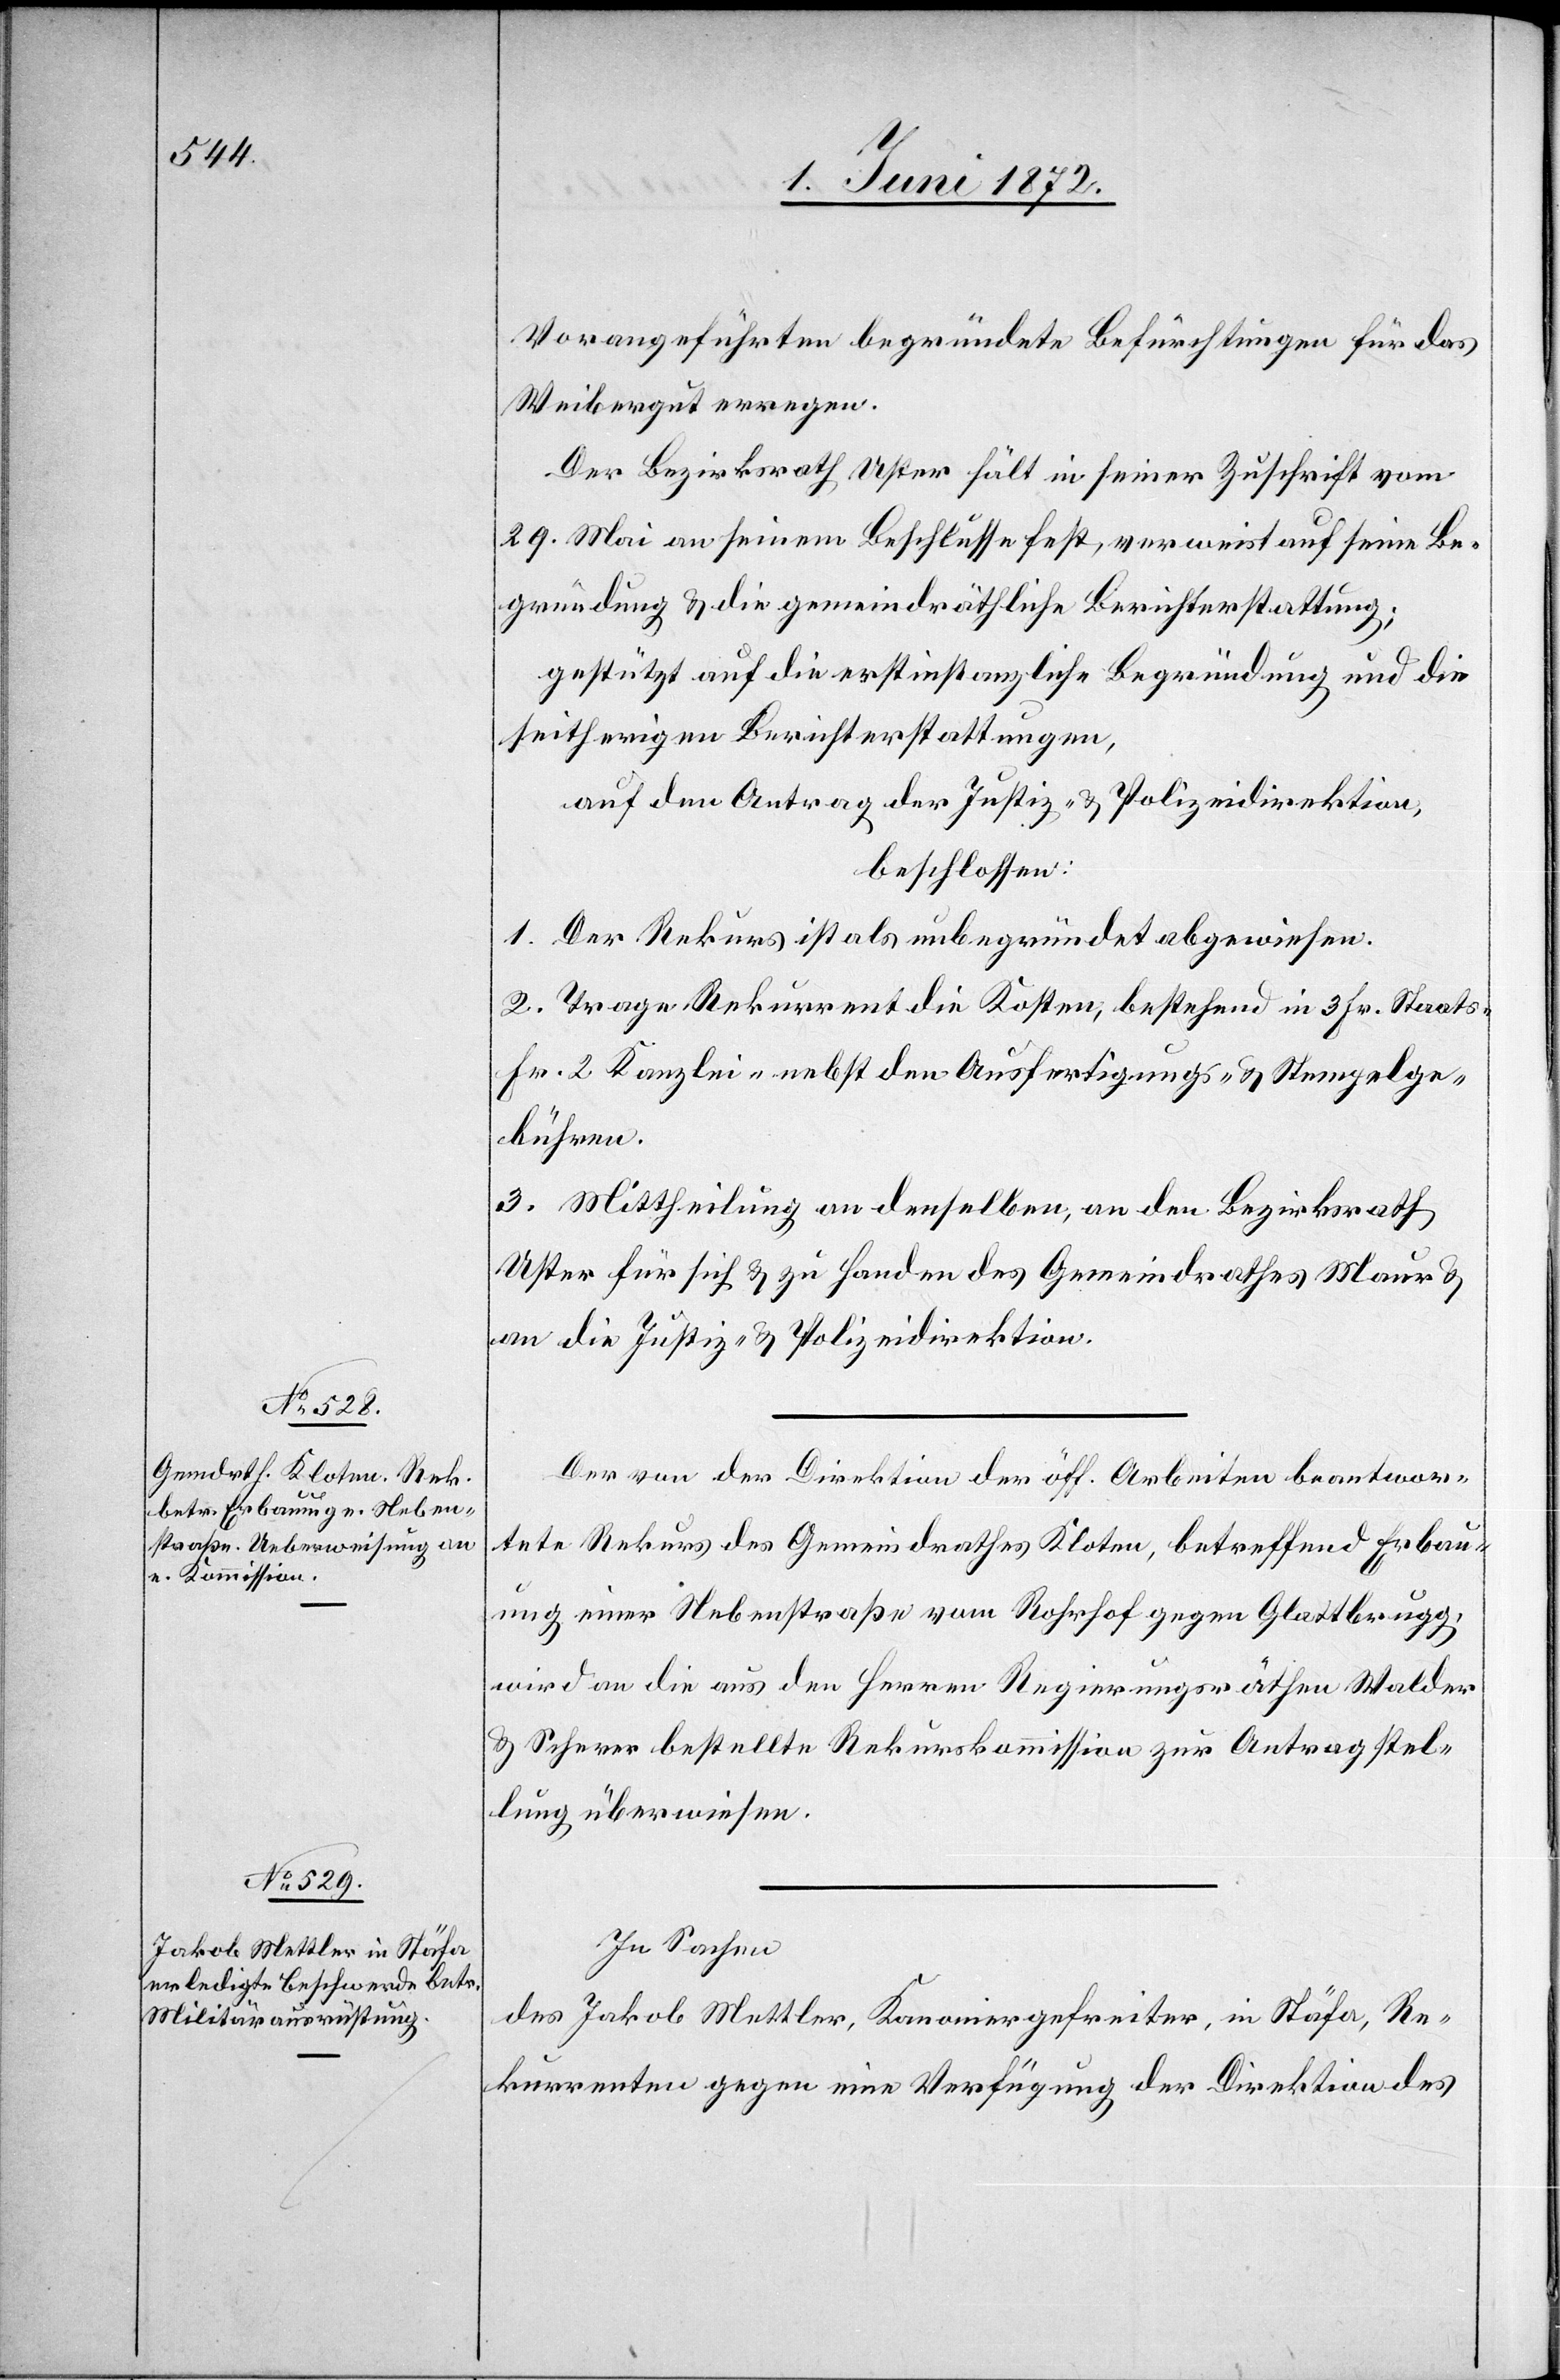
Vorangeführten begründete Befürchtungen für das
Weibergut erregen
Der Bezirksrath Uster hält in seiner Zuschrift vom
29. Mai an seinem Beschlusse fest, [und] verweist auf seine Be¬
gründung u. die gemeindräthliche Berichterstattung;
gestützt auf die erstinstanzliche Begründung und die
seitherigen Berichterstattungen,
auf den Antrag der Justiz- u. Polizeidirektion,
beschlossen:
1. Der Rekurs ist als unbegründet abgewiesen.
2. Trage Rekurrent die Kosten, bestehend in 3 Fr. Staats-[,]
Fr. 2 Kanzlei-[,] nebst den Ausfertigungs- u. Stempelge¬
bühren.
3. Mittheilung an denselben, an den Bezirksrath
Uster für sich u. zu Handen des Gemeindrathes Maur u.
an die Justiz- u. Polizeidirektion.
Der von der Direktion der öff. Arbeiten beantwor¬
tete Rekurs des Gemeindrathes Kloten, betreffend Erbau¬
ung einer Nebenstraße vom Rohrhof gegen Glattbrugg,
wird an die aus den Herren Regierungsräthen Walder
u. Scherer bestellte Rekurskommission zur Antragstel¬
lung überwiesen.
In Sachen
des Jakob Mettler, Kanoniergefreiter, in Stäfa, Re¬
kurrenten gegen eine Verfügung der Direktion des